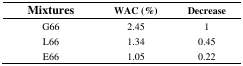
<table><thead><tr><td><b>Mixtures</b></td><td><b>WAC (%)</b></td><td><b>Decrease</b></td></tr></thead><tbody><tr><td>G66</td><td>2.45</td><td>1</td></tr><tr><td>L66</td><td>1.34</td><td>0.45</td></tr><tr><td>E66</td><td>1.05</td><td>0.22</td></tr></tbody></table>